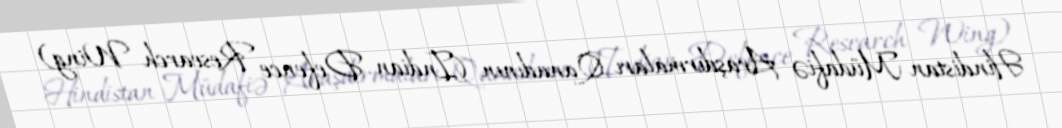
Hindistan Müdafiə Araşdırmaları Qanadının (Indian Defence Research Wing)